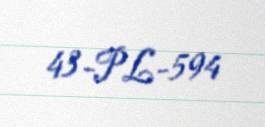
43-PL-594